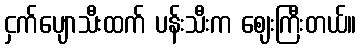
ငှက်ပျောသီးထက် ပန်းသီးက ဈေးကြီးတယ်။